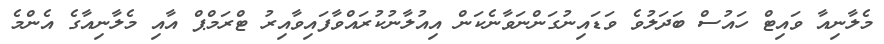
މެލާނިއާ ވައިޓް ހައުސް ބަދަލުވެ ވަޑައިނުގަންނަވާނެކަން އިއުލާނުކުރައްވާފައިވާއިރު ޓްރަމްޕް އާއި މެލާނިއާގެ އެންމެ